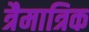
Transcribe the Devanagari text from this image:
त्रैमात्रिक